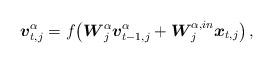
LaTeX: \begin{align*}\setlength{\abovedisplayskip}{4 pt}\setlength{\belowdisplayskip}{4 pt}{\boldsymbol{v}_{t,j}^\alpha} ={\mathop{f}\nolimits}\!\left( {\boldsymbol{W}_j^\alpha{\boldsymbol{v}_{t - 1,j}^\alpha} + \boldsymbol{W}_j^{\alpha,in}{\boldsymbol{x}_{t,j}}} \right),\end{align*}